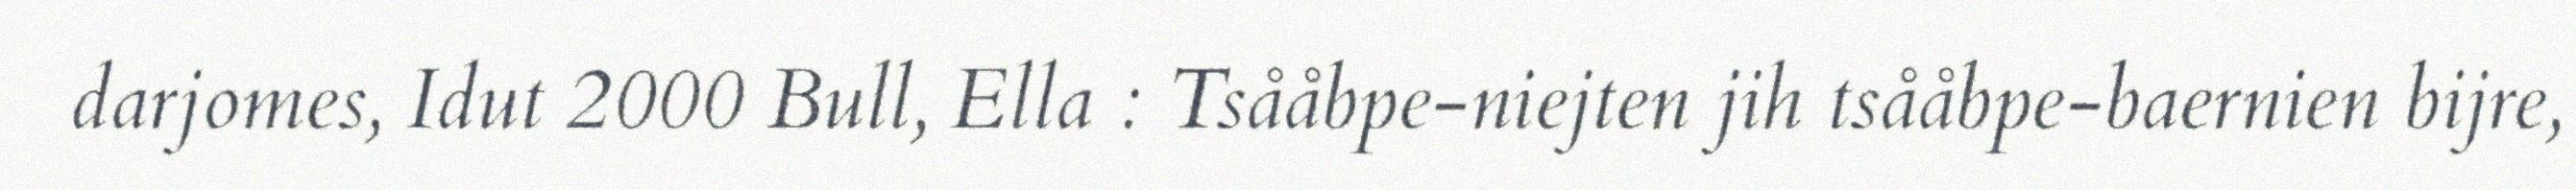
darjomes, Idut 2000 Bull, Ella : Tsååbpe-niejten jih tsååbpe-baernien bijre,